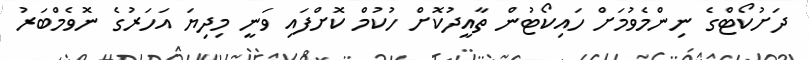
ދަށުކޯޓްގެ ނިންމެވުމަށް ހައިކޯޓުން ތާއީދުކޮށް ހުކުމް ކޮށްފައި ވަނީ މިދިޔަ އަހަރުގެ ނޮވެމްބަރު